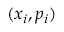
( x _ { i } , p _ { i } )